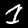
Label: 1